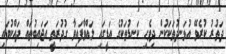
ދަތުރު ކުރެވޭ އުޅަނދުތަކަކުން ދިވެހި ކަނޑުތަކުގެ އަޑީގައި ލައްވާފައިވާ ގުދުރަތީ އަޖައިބުތައް ދައްކުވައި